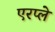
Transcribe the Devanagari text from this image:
एरप्ले